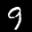
Label: 9